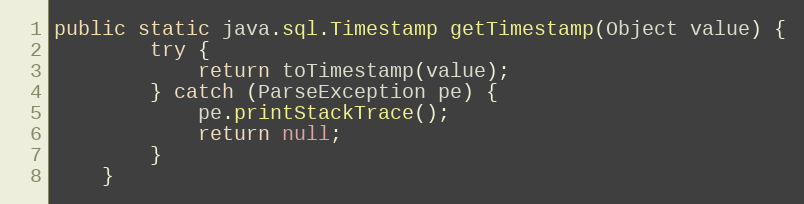
Language: Java
public static java.sql.Timestamp getTimestamp(Object value) {
        try {
            return toTimestamp(value);
        } catch (ParseException pe) {
            pe.printStackTrace();
            return null;
        }
    }